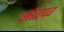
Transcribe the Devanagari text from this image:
ओरपर